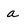
Character: a